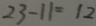
2 3 - 1 1 = 1 2